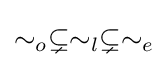
\sim _{o}\subsetneq \sim _{l}\subsetneq \sim _{e}